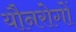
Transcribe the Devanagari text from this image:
यौनरोगों